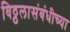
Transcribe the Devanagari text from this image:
विठ्ठलासंबंधीच्या